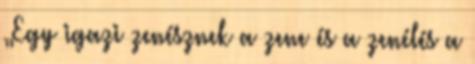
„Egy igazi zenésznek a zene és a zenélés a